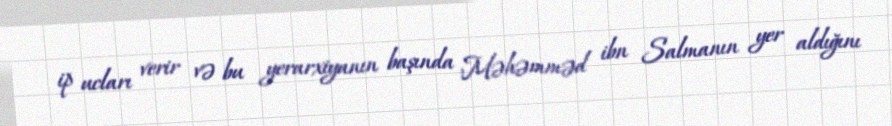
ip ucları verir və bu yerarxiyanın başında Məhəmməd ibn Salmanın yer aldığını